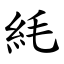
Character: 䋃